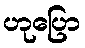
ဟုပြော